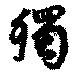
独